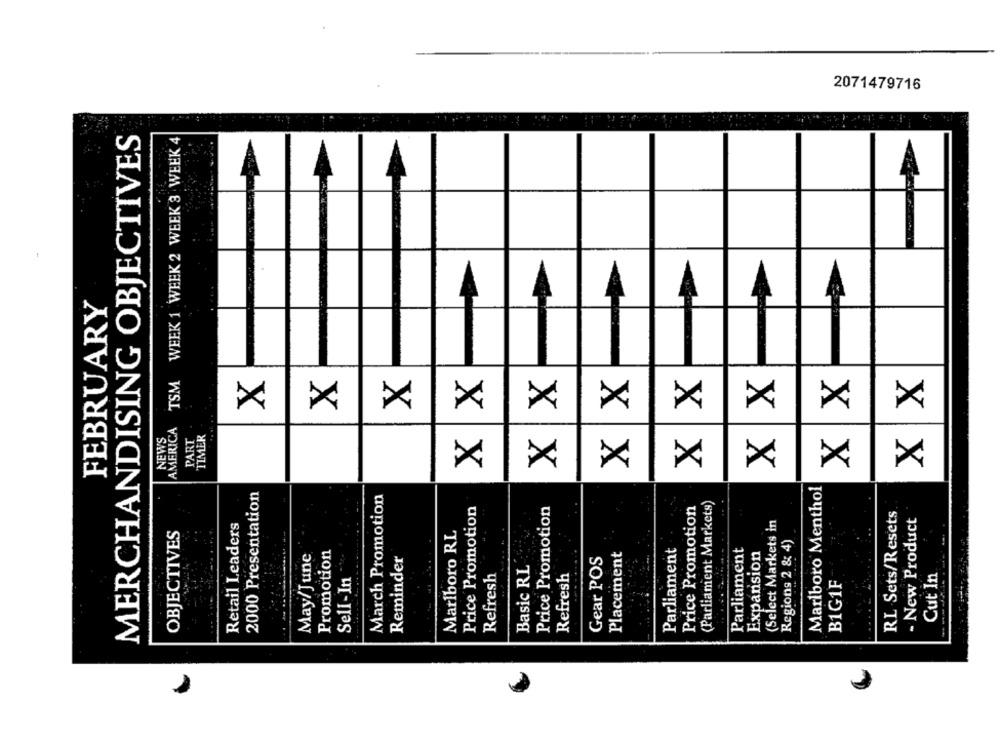
2071479716
MERCHANDISING OBJECTIVES
TSM WEEK 1 WEEK 2 WEEK 3 WEEK 4
FEBRUARY
A
X
X
XX
XX
XX
XX
XX
XX
XX
X
AMERICA
NEWS
PART
"TIMER
2000 Presentation
Marlboro Menthol
March Promotion
(Parliament Markets)
Price Promotion
Price Promotion
Price Promotion
RL Sets/Resets
- New Product
Retail Leaders
(Select Markets in
OBJECTIVES
Marlboro RI
Regions 2 & 4)
Parliament
Parliament
May/June
Promotion
Reminder
Gear POS
Placement
Expansion
--...
Basic RL
Sell-In
Refresh
Refresh
Cut In
B1G1F